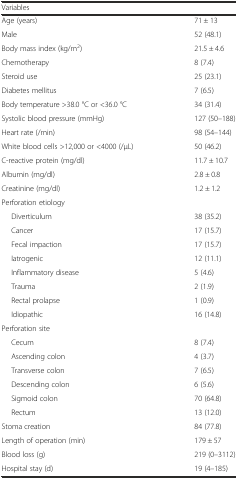
<table><thead><tr><td><b>Variables</b></td><td></td></tr></thead><tbody><tr><td>Age (years)</td><td>71 ± 13</td></tr><tr><td>Male</td><td>52 (48.1)</td></tr><tr><td>Body mass index (kg/m<sup>2</sup>)</td><td>21.5 ± 4.6</td></tr><tr><td>Chemotherapy</td><td>8 (7.4)</td></tr><tr><td>Steroid use</td><td>25 (23.1)</td></tr><tr><td>Diabetes mellitus</td><td>7 (6.5)</td></tr><tr><td>Body temperature &gt;38.0 °C or &lt;36.0 °C</td><td>34 (31.4)</td></tr><tr><td>Systolic blood pressure (mmHg)</td><td>127 (50–188)</td></tr><tr><td>Heart rate (/min)</td><td>98 (54–144)</td></tr><tr><td>White blood cells &gt;12,000 or &lt;4000 (/μL)</td><td>50 (46.2)</td></tr><tr><td>C-reactive protein (mg/dl)</td><td>11.7 ± 10.7</td></tr><tr><td>Albumin (mg/dl)</td><td>2.8 ± 0.8</td></tr><tr><td>Creatinine (mg/dl)</td><td>1.2 ± 1.2</td></tr><tr><td>Perforation etiology</td><td></td></tr><tr><td>Diverticulum</td><td>38 (35.2)</td></tr><tr><td>Cancer</td><td>17 (15.7)</td></tr><tr><td>Fecal impaction</td><td>17 (15.7)</td></tr><tr><td>Iatrogenic</td><td>12 (11.1)</td></tr><tr><td>Inflammatory disease</td><td>5 (4.6)</td></tr><tr><td>Trauma</td><td>2 (1.9)</td></tr><tr><td>Rectal prolapse</td><td>1 (0.9)</td></tr><tr><td>Idiopathic</td><td>16 (14.8)</td></tr><tr><td>Perforation site</td><td></td></tr><tr><td>Cecum</td><td>8 (7.4)</td></tr><tr><td>Ascending colon</td><td>4 (3.7)</td></tr><tr><td>Transverse colon</td><td>7 (6.5)</td></tr><tr><td>Descending colon</td><td>6 (5.6)</td></tr><tr><td>Sigmoid colon</td><td>70 (64.8)</td></tr><tr><td>Rectum</td><td>13 (12.0)</td></tr><tr><td>Stoma creation</td><td>84 (77.8)</td></tr><tr><td>Length of operation (min)</td><td>179 ± 57</td></tr><tr><td>Blood loss (g)</td><td>219 (0–3112)</td></tr><tr><td>Hospital stay (d)</td><td>19 (4–185)</td></tr></tbody></table>